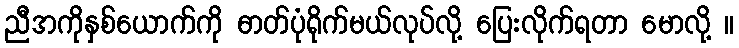
ညီအကိုနှစ်ယောက်ကို ဓာတ်ပုံရိုက်မယ်လုပ်လို့ ပြေးလိုက်ရတာ မောလို့ ။